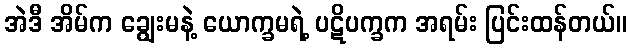
အဲဒီ အိမ်က ချွေးမနဲ့ ယောက္ခမရဲ့ ပဋိပက္ခက အရမ်း ပြင်းထန်တယ်။